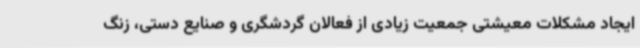
ایجاد مشکلات معیشتی جمعیت زیادی از فعالان گردشگری و صنایع دستی، زنگ